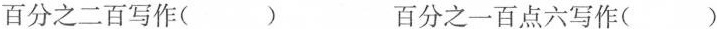
百分之二百写作( ) 百分之一百点六写作( )